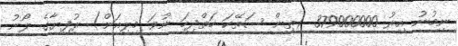
ނިމުނު އިރު 379000000 (ތިން ސަތޭކަ ހަތްދިހަ ނުވަ މިލިއަން) ރުފިޔާގެ ލޯނު